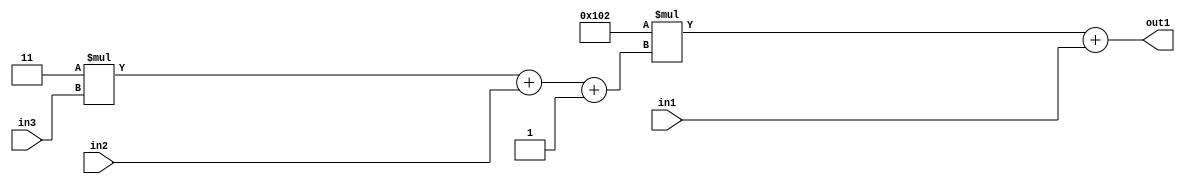
`timescale 1ps / 1ps
/*****************************************************************************
    Verilog RTL Description
    
    
    Created by: Stratus DpOpt 2019.1.01 
*******************************************************************************/

module DC_Filter_Add2u9Mul2i258Add3i1u1Mul2i3u2_4 (
	in3,
	in2,
	in1,
	out1
	); /* architecture "behavioural" */ 
input [1:0] in3;
input  in2;
input [8:0] in1;
output [11:0] out1;
wire [11:0] asc001;
wire [3:0] asc002;

wire [3:0] asc002_tmp_0;
wire [3:0] asc002_tmp_1;
assign asc002_tmp_1 = 
	+(4'B0011 * in3);
assign asc002_tmp_0 = asc002_tmp_1
	+(in2);
assign asc002 = asc002_tmp_0
	+(4'B0001);

wire [11:0] asc001_tmp_2;
assign asc001_tmp_2 = 
	+(12'B000100000010 * asc002);
assign asc001 = asc001_tmp_2
	+(in1);

assign out1 = asc001;
endmodule

/* CADENCE  vrb0TAs= : u9/ySgnWtBlWxVPRXgAZ4Og= ** DO NOT EDIT THIS LINE ******/